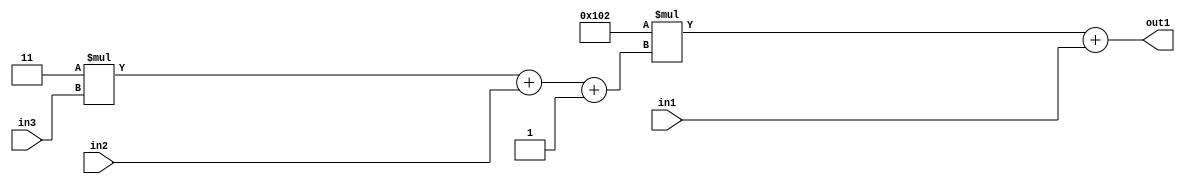
`timescale 1ps / 1ps
/*****************************************************************************
    Verilog RTL Description
    
    
    Created by: Stratus DpOpt 2019.1.01 
*******************************************************************************/

module DC_Filter_Add2u9Mul2i258Add3i1u1Mul2i3u2_4 (
	in3,
	in2,
	in1,
	out1
	); /* architecture "behavioural" */ 
input [1:0] in3;
input  in2;
input [8:0] in1;
output [11:0] out1;
wire [11:0] asc001;
wire [3:0] asc002;

wire [3:0] asc002_tmp_0;
wire [3:0] asc002_tmp_1;
assign asc002_tmp_1 = 
	+(4'B0011 * in3);
assign asc002_tmp_0 = asc002_tmp_1
	+(in2);
assign asc002 = asc002_tmp_0
	+(4'B0001);

wire [11:0] asc001_tmp_2;
assign asc001_tmp_2 = 
	+(12'B000100000010 * asc002);
assign asc001 = asc001_tmp_2
	+(in1);

assign out1 = asc001;
endmodule

/* CADENCE  vrb0TAs= : u9/ySgnWtBlWxVPRXgAZ4Og= ** DO NOT EDIT THIS LINE ******/